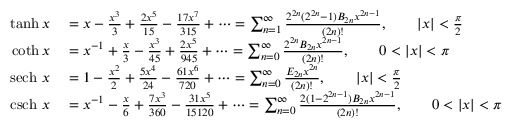
\begin{array} { r l } { \operatorname { t a n h } x } & { { } = x - { \frac { x ^ { 3 } } { 3 } } + { \frac { 2 x ^ { 5 } } { 1 5 } } - { \frac { 1 7 x ^ { 7 } } { 3 1 5 } } + \cdots = \sum _ { n = 1 } ^ { \infty } { \frac { 2 ^ { 2 n } ( 2 ^ { 2 n } - 1 ) B _ { 2 n } x ^ { 2 n - 1 } } { ( 2 n ) ! } } , \qquad \left| x \right| < { \frac { \pi } { 2 } } } \\ { \coth x } & { { } = x ^ { - 1 } + { \frac { x } { 3 } } - { \frac { x ^ { 3 } } { 4 5 } } + { \frac { 2 x ^ { 5 } } { 9 4 5 } } + \cdots = \sum _ { n = 0 } ^ { \infty } { \frac { 2 ^ { 2 n } B _ { 2 n } x ^ { 2 n - 1 } } { ( 2 n ) ! } } , \qquad 0 < \left| x \right| < \pi } \\ { \operatorname { s e c h } \, x } & { { } = 1 - { \frac { x ^ { 2 } } { 2 } } + { \frac { 5 x ^ { 4 } } { 2 4 } } - { \frac { 6 1 x ^ { 6 } } { 7 2 0 } } + \cdots = \sum _ { n = 0 } ^ { \infty } { \frac { E _ { 2 n } x ^ { 2 n } } { ( 2 n ) ! } } , \qquad \left| x \right| < { \frac { \pi } { 2 } } } \\ { \operatorname { c s c h } \, x } & { { } = x ^ { - 1 } - { \frac { x } { 6 } } + { \frac { 7 x ^ { 3 } } { 3 6 0 } } - { \frac { 3 1 x ^ { 5 } } { 1 5 1 2 0 } } + \cdots = \sum _ { n = 0 } ^ { \infty } { \frac { 2 ( 1 - 2 ^ { 2 n - 1 } ) B _ { 2 n } x ^ { 2 n - 1 } } { ( 2 n ) ! } } , \qquad 0 < \left| x \right| < \pi } \end{array}